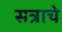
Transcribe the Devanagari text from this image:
सत्राचे